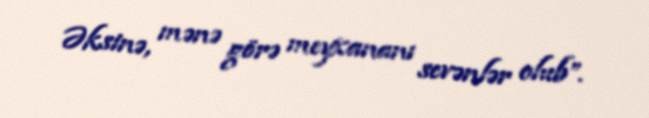
Əksinə, mənə görə meyxananı sevənlər olub”.